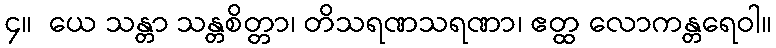
၄။  ယေ သန္တာ သန္တစိတ္တာ၊ တိသရဏသရဏာ၊ ဧတ္ထ လောကန္တရေဝါ။